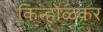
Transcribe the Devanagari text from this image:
किन्होळकर